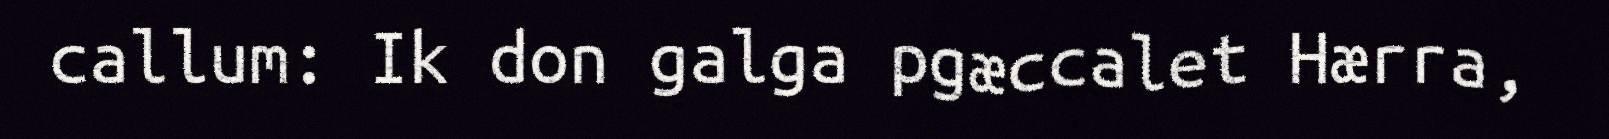
callum: Ik don galga pgæccalet Hærra,